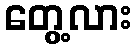
တွေ့လား